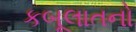
કબૂલાતનો